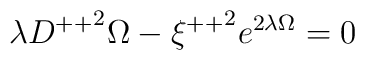
\lambda{ D^{++}}^{2}\Omega -{\xi ^{++}}^{2}e^{2\lambda \Omega}=0